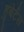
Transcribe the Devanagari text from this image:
हुबेर्टस